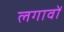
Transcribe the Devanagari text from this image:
लगावों